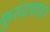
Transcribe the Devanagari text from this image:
कुरुंदवाड२